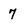
Character: 7